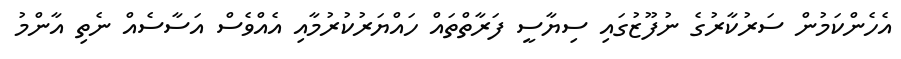
އެހެންކަމުން ސަރުކާރުގެ ނުފޫޒުގައި ސިޔާސީ ފަރާތްތައް ހައްޔަރުކުރުމާއި އެއްވެސް އަސާސެއް ނެތި އާންމު